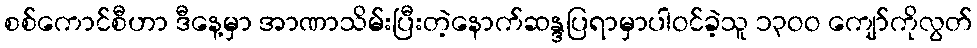
စစ်ကောင်စီဟာ ဒီနေ့မှာ အာဏာသိမ်းပြီးတဲ့နောက်ဆန္ဒပြရာမှာပါဝင်ခဲ့သူ ၁၃ဝဝ ကျော်ကိုလွတ်